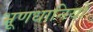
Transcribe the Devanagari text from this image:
भ्रूणधानियों